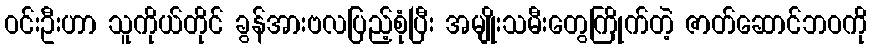
ဝင်းဦးဟာ သူကိုယ်တိုင် ခွန်အားဗလပြည့်စုံပြီး အမျိုးသမီးတွေကြိုက်တဲ့ ဇာတ်ဆောင်ဘဝကို